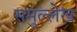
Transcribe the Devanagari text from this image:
समुल्लेख